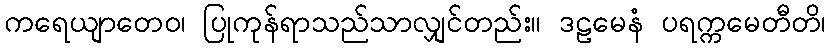
ကရေယျာတေဝ၊ ပြုကုန်ရာသည်သာလျှင်တည်း။ ဒဠမေနံ ပရက္ကမေတီတိ၊